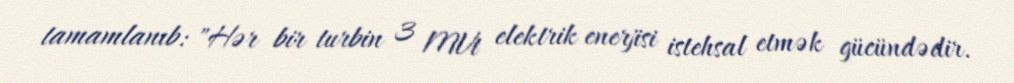
tamamlanıb: "Hər bir turbin 3 MVt elektrik enerjisi istehsal etmək gücündədir.